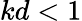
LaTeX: kd<1